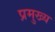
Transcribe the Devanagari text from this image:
प्रमुख्‍य